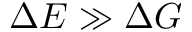
\Delta E \gg \Delta G